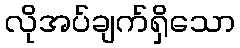
လိုအပ်ချက်ရှိသော